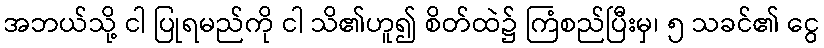
အဘယ်သို့ ငါ ပြုရမည်ကို ငါ သိ၏ဟူ၍ စိတ်ထဲ၌ ကြံစည်ပြီးမှ၊ ၅ သခင်၏ ငွေ